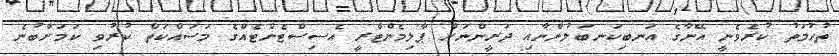
ތުހުމަތު ކުރެވެނީ އޭނާގެ އަނބިކަނބަލުންނާއި ދަރީންނަށް ޕާލިމެންޓްރީ އެސިސްޓެންޓެއްގެ މަސައްކަތް ކުރުވި ކަމަށްބުނެ